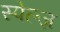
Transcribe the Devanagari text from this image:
स्पेल्ज़